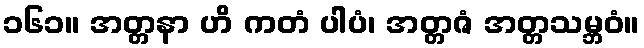
၁၆၁။ အတ္တနာ ဟိ ကတံ ပါပံ၊ အတ္တဇံ အတ္တသမ္ဘဝံ။